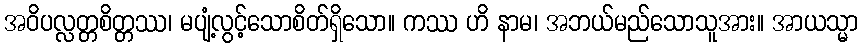
အဝိပလ္လတ္တစိတ္တဿ၊ မပျံ့လွင့်သောစိတ်ရှိသော။ ကဿ ဟိ နာမ၊ အဘယ်မည်သောသူအား။ အာယသ္မာ